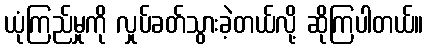
ယုံကြည်မှုကို လှုပ်ခတ်သွားခဲ့တယ်လို့ ဆိုကြပါတယ်။